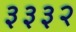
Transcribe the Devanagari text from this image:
३३३२